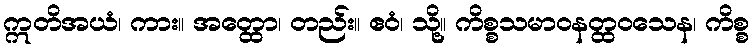
ဣတိအယံ၊ ကား။ အတ္ထော၊ တည်း။ ဧဝံ၊ သို့။ ကိစ္စသမာဝနတ္ထဝသေန၊ ကိစ္စ